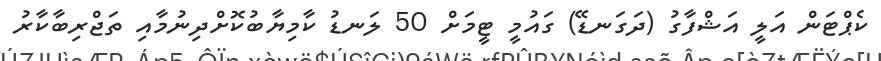
ކެޕްޓަން އަލީ އަޝްފާގު (ދަގަނޑޭ) ގައުމީ ޓީމަށް 50 ލަނޑު ކާމިޔާބުކޮށްދިނުމާއި ތަޖްރިބާކާރު